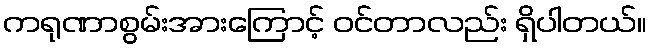
ကရုဏာစွမ်းအားကြောင့် ဝင်တာလည်း ရှိပါတယ်။